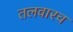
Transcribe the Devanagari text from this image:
तलवारच